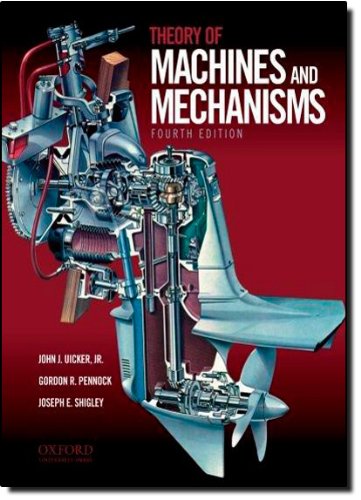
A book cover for Theory of Machines and Mechanisms; John Uicker; Politics & Social Sciences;